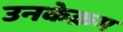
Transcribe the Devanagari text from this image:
उनकेक्रम